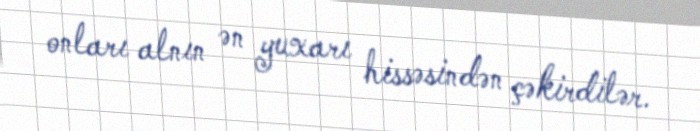
onları alnın ən yuxarı hissəsindən çəkirdilər.